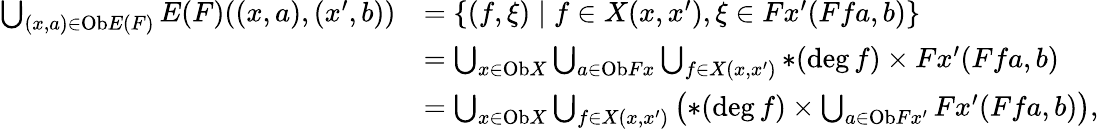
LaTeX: \begin{array}{rl}{\bigcup_{(x,a)\in\mathrm{Ob}E(F)}E(F)((x,a),(x^{\prime},b))}&{=\{ (f,\xi)\mid f\in X(x,x^{\prime}),\xi\in Fx^{\prime}(Ffa,b)\} }\\ &{=\bigcup_{x\in\mathrm{Ob}X}\bigcup_{a\in\mathrm{Ob}Fx}\bigcup_{f\in X(x,x^{\prime})}\ast(\deg f)\times Fx^{\prime}(Ffa,b)}\\ &{=\bigcup_{x\in\mathrm{Ob}X}\bigcup_{f\in X(x,x^{\prime})}\left(\ast(\deg f)\times\bigcup_{a\in\mathrm{Ob}Fx^{\prime}}Fx^{\prime}(Ffa,b)\right),}\end{array}